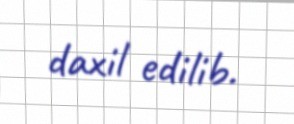
daxil edilib.